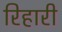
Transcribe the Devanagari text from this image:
रिहारी